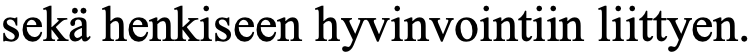
sekä henkiseen hyvinvointiin liittyen.